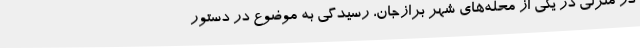
در منزلی در یکی از محله‌های شهر برازجان، رسیدگی به موضوع در دستور